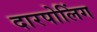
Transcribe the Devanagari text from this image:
दारपोलिंग